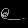
Digit: ၉